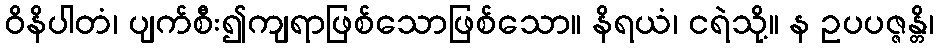
ဝိနိပါတံ၊ ပျက်စီး၍ကျရာဖြစ်သောဖြစ်သော။ နိရယံ၊ ငရဲသို့။ န ဥပပဇ္ဇန္တိ၊